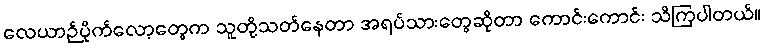
လေယာဉ်ပိုက်လော့တွေက သူတို့သတ်နေတာ အရပ်သားတွေဆိုတာ ကောင်းကောင်း သိကြပါတယ်။